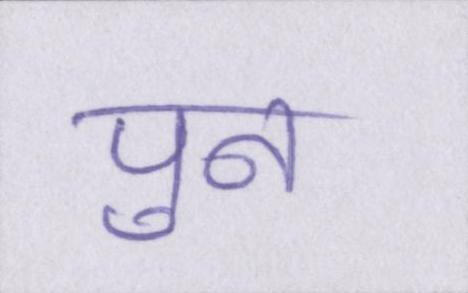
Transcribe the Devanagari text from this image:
पुन